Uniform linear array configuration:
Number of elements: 48
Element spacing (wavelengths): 0.5
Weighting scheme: uniform
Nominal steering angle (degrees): -30
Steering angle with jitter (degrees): -31.205
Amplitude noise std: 0.05
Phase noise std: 0.05

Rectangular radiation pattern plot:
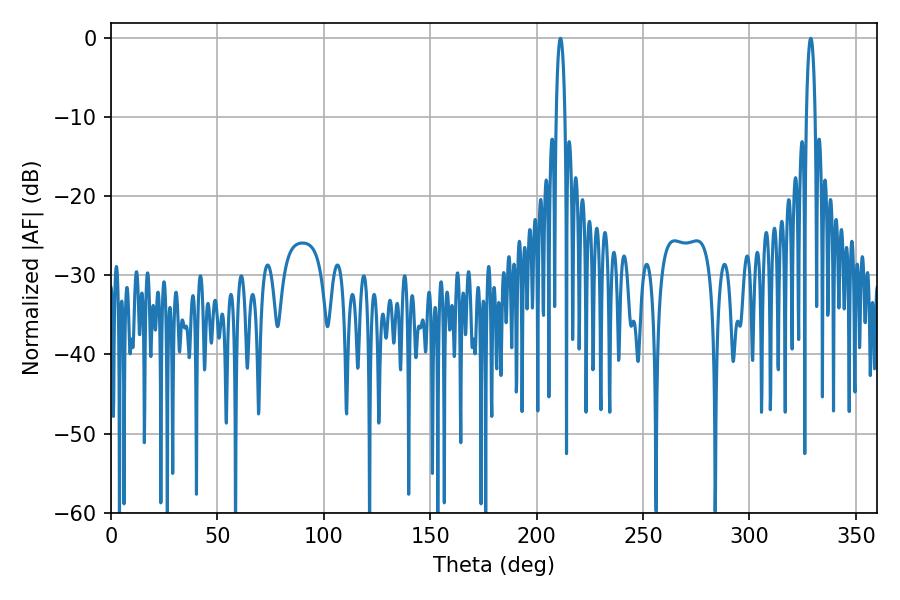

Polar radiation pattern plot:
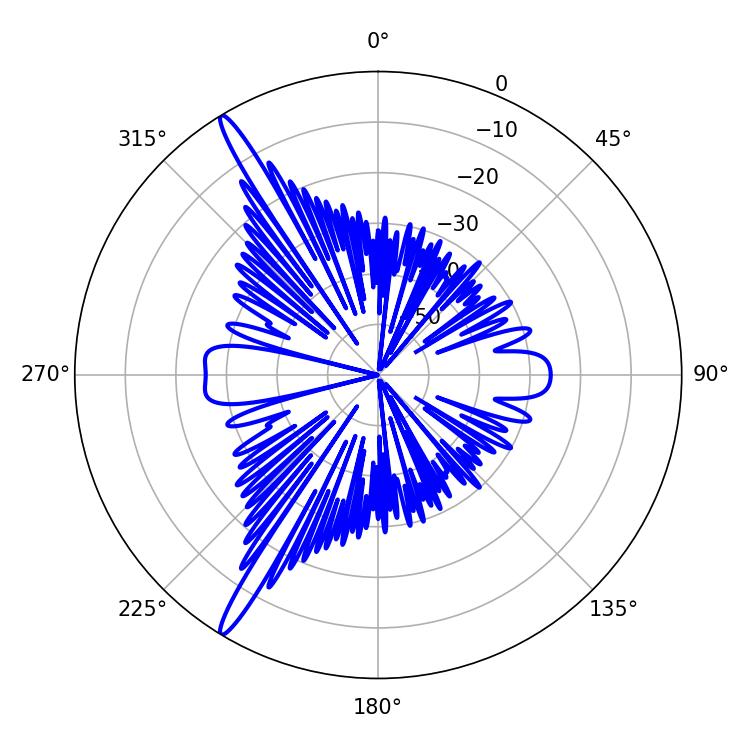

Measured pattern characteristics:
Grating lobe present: FALSE
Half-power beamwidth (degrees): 2.34
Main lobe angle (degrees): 211.14